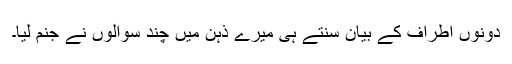
دونوں اطراف کے بیان سنتے ہی میرے ذہن میں چند سوالوں نے جنم لیا۔